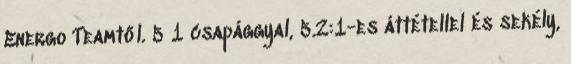
Energo Teamtől. 5 1 csapággyal, 5.2:1-es áttétellel és sekély,